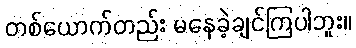
တစ်ယောက်တည်း မနေခဲ့ချင်ကြပါဘူး။